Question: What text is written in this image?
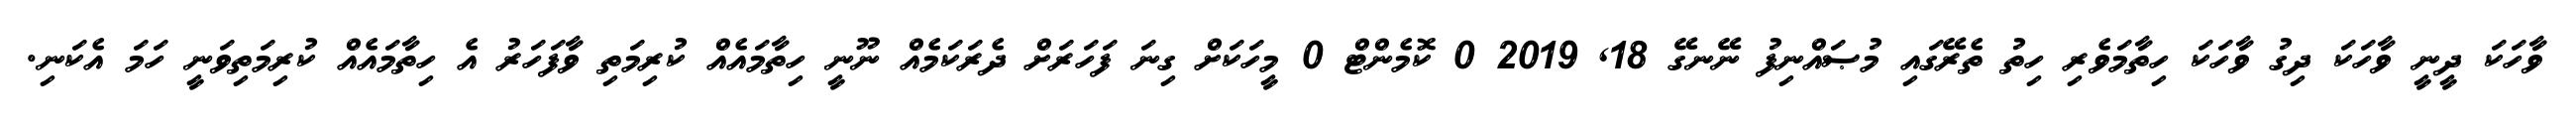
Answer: ވާހަކަ ދީނީ ވާހަކަ ދިގު ވާހަކަ ހިތާމަވެރި ހިތު ތެރޭގައި މުޞައްނިފު ނޭނގޭ 18, 2019 0 ކޮމެންޓް 0 މީހަކަށް ގިނަ ފަހަރަށް ދެރަކަމެއް ނޫނީ ހިތާމައެއް ކުރިމަތި ވާފަހަރު އެ ހިތާމައެއް ކުރިމަތިވަނީ ހަމަ އެކަނި.